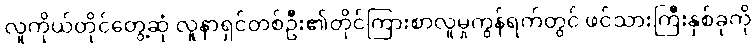
လူကိုယ်တိုင်တွေ့ဆုံ လူနာရှင်တစ်ဦး၏တိုင်ကြားစာလူမှုကွန်ရက်တွင် ဖင်သားကြီးနှစ်ခုကို